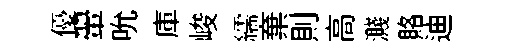
優翬吮庫峻繻棄則高濺賂迪